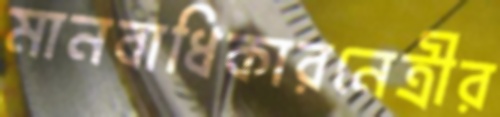
মানবাধিকারনেত্রীর